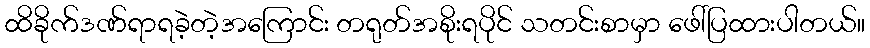
ထိခိုက်ဒဏ်ရာရခဲ့တဲ့အကြောင်း တရုတ်အစိုးရပိုင် သတင်းစာမှာ ဖေါ်ပြထားပါတယ်။